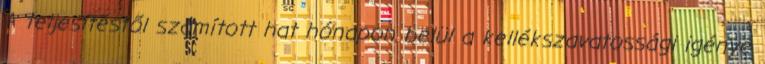
A teljesítéstől számított hat hónapon belül a kellékszavatossági igénye